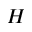
H